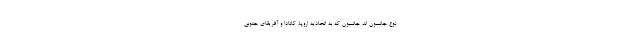
نوع جانسون اند جانسون که به اتحادیه اروپا، کانادا و آفریقای جنوبی